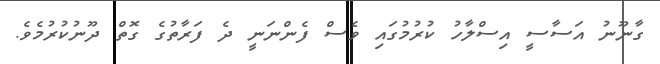
ގާނޫނު އަސާސީ އިސްލާހު ކުރުމުގައި ވެސް ފެންނަނީ ދެ ފަރާތުގެ ގޮތް ދޫނުކުރުމެވެ.